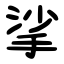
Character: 挲